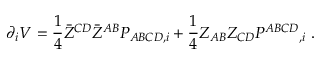
\partial _ { i } V = { \frac { 1 } { 4 } } \bar { Z } ^ { C D } \bar { Z } ^ { A B } P _ { A B C D , i } + { \frac { 1 } { 4 } } Z _ { A B } Z _ { C D } P ^ { A B C D } { } _ { , i } \ .